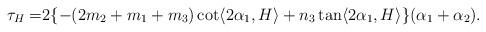
LaTeX: \begin{align*}\tau_{H}=&2\{ -(2m_{2}+m_{1}+m_{3})\cot\langle 2\alpha_{1}, H \rangle+n_{3}\tan\langle 2\alpha_{1}, H \rangle\}(\alpha_{1}+\alpha_{2}).\end{align*}